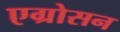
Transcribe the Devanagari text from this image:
एग्रोसन